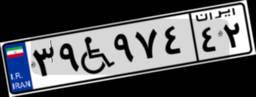
۳۴W۱۰۵۸۲